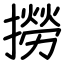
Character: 撈